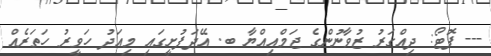
--- ފޮޓޯ: ދިއްގަރު ޒުވާނުންގެ ޖަމްއިއްޔާ ބ. އޭދަފުށީގައި މިއަދު ހަވީރު ހަތަރެއް